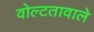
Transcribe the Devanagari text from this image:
वोल्टतावाले